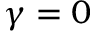
\gamma = 0